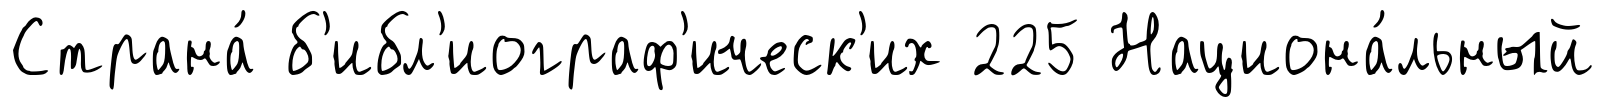
Страна́ б'ибл'иограф'ическ'их 225 Национа́льный